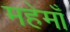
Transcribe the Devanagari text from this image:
महेमाँ